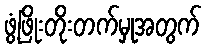
ဖွံ့ဖြိုးတိုးတက်မှုအတွက်